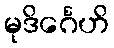
မုဒိင်္ဂေဟိ